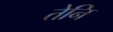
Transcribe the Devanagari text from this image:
तेनि